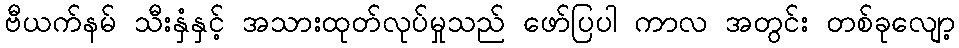
ဗီယက်နမ် သီးနှံနှင့် အသားထုတ်လုပ်မှုသည် ဖော်ပြပါ ကာလ အတွင်း တစ်ခုလျော့